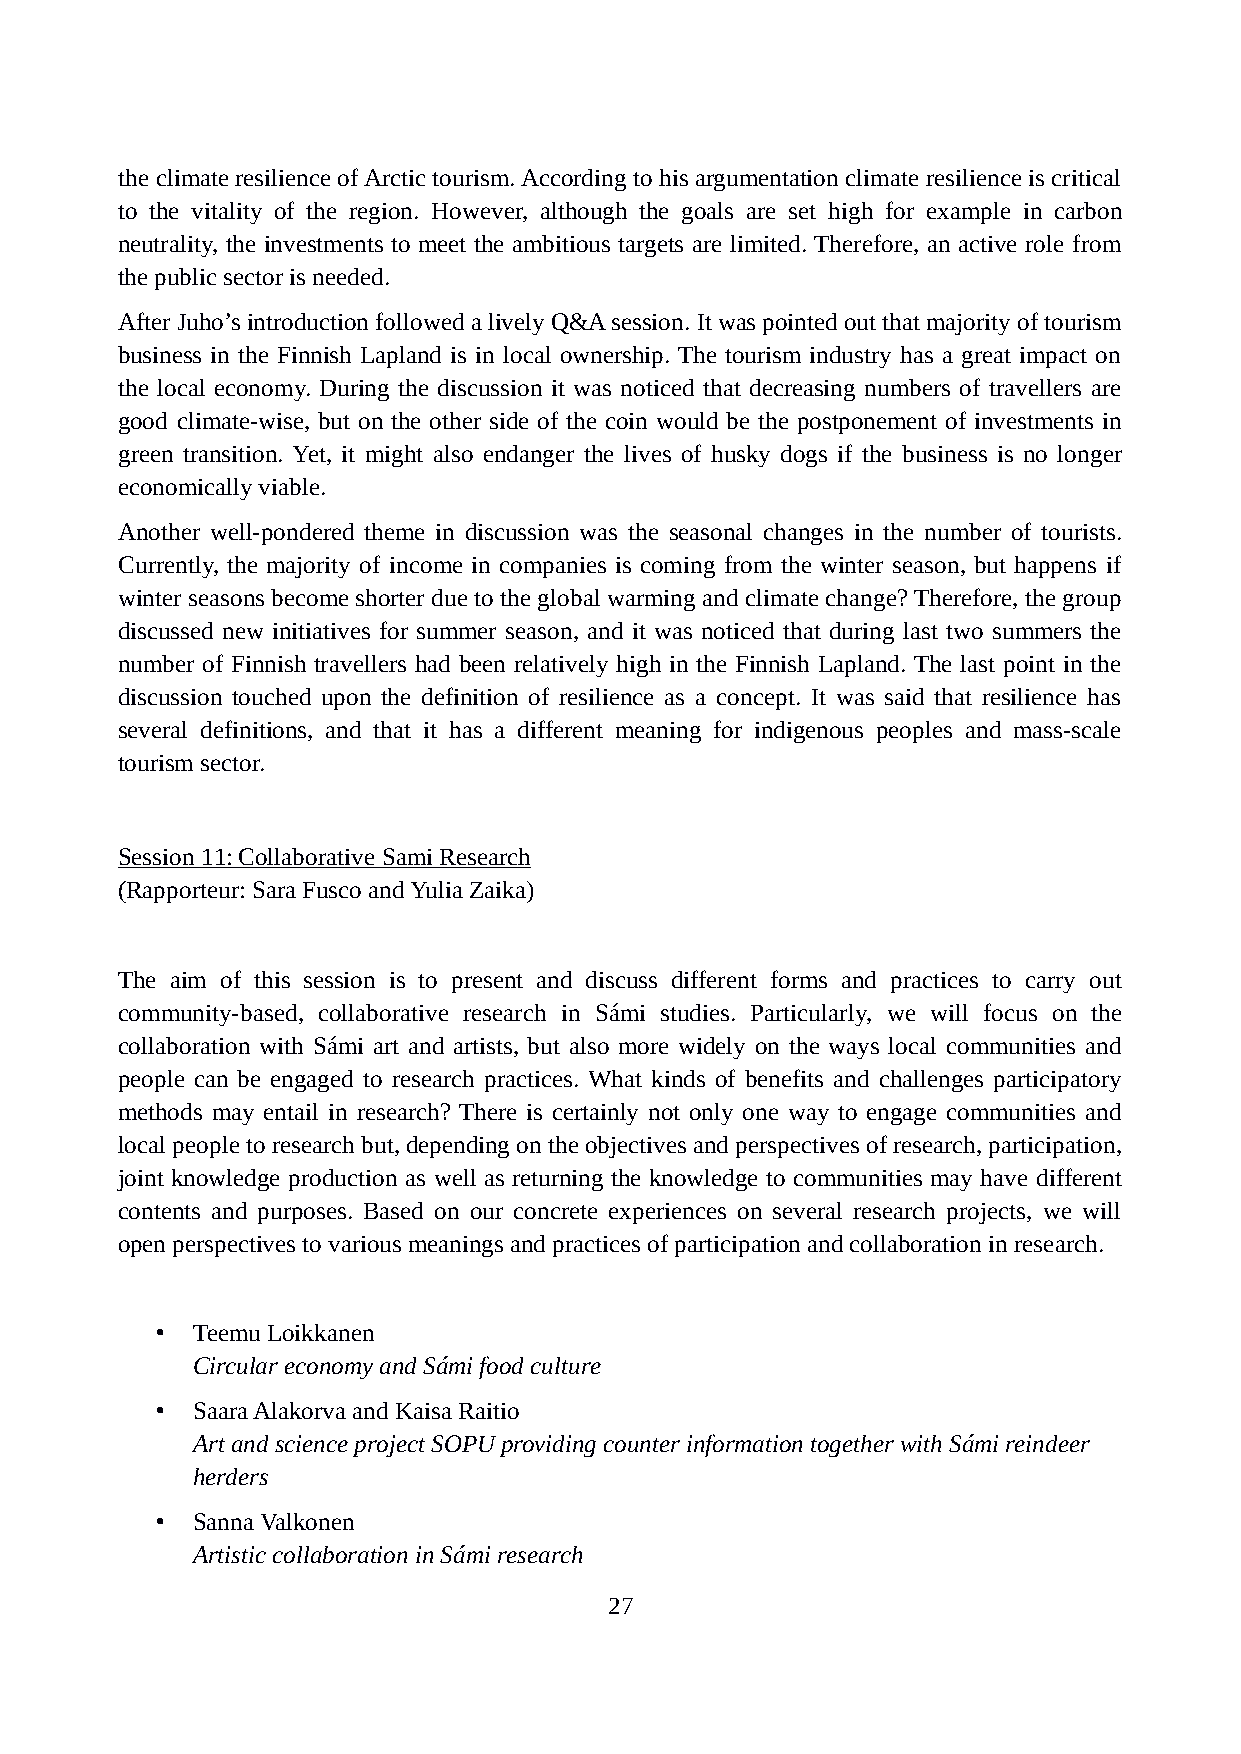
the climate resilience of Arctic tourism. According to his argumentation climate resilience is critical
 to the vitality of the region. However, although the goals are set high for example in carbon
 neutrality, the investments to meet the ambitious targets are limited. Therefore, an active role from
 the public sector is needed.
 After Juho’s introduction followed a lively Q&A session. It was pointed out that majority of tourism
 business in the Finnish Lapland is in local ownership. The tourism industry has a great impact on
 the local economy. During the discussion it was noticed that decreasing numbers of travellers are
 good climate-wise, but on the other side of the coin would be the postponement of investments in
 green transition. Yet, it might also endanger the lives of husky dogs if the business is no longer
 economically viable.
 Another well-pondered theme in discussion was the seasonal changes in the number of tourists.
 Currently, the majority of income in companies is coming from the winter season, but happens if
 winter seasons become shorter due to the global warming and climate change? Therefore, the group
 discussed new initiatives for summer season, and it was noticed that during last two summers the
 number of Finnish travellers had been relatively high in the Finnish Lapland. The last point in the
 discussion touched upon the definition of resilience as a concept. It was said that resilience has
 several definitions, and that it has a different meaning for indigenous peoples and mass-scale
 tourism sector.
 Session 1 1 : Collaborative Sami Research
 (Rapporteur: Sara Fusco and Yulia Zaika)
 The aim of this session is to present and discuss different forms and practices to carry out
 community-based, collaborative research in Sámi studies. Particularly, we will focus on the
 collaboration with Sámi art and artists, but also more widely on the ways local communities and
 people can be engaged to research practices. What kinds of benefits and challenges participatory
 methods may entail in research? There is certainly not only one way to engage communities and
 local people to research but, depending on the objectives and perspectives of research, participation,
 joint knowledge production as well as returning the knowledge to communities may have different
 contents and purposes. Based on our concrete experiences on several research projects, we will
 open perspectives to various meanings and practices of participation and collaboration in research.
 •  Teemu Loikkanen
 Circular economy and Sámi food culture
 •  Saara Alakorva and Kaisa Raitio
 Art and science project SOPU providing counter information together with Sámi reindeer
 herders
 •  Sanna Valkonen
 Artistic collaboration in Sámi research
 27